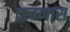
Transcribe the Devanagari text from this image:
द्रावणास